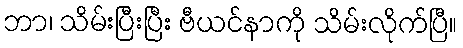
ဘာ၊ သိမ်းပြီးပြီး ဗီယင်နာကို သိမ်းလိုက်ပြီ။